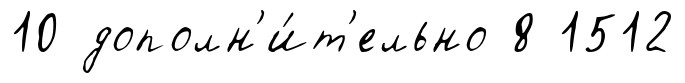
10 дополн'и́т'ельно 8 1512